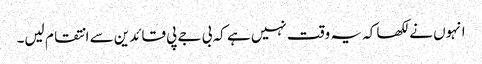
انہوں نے لکھا کہ یہ وقت نہیں ہے کہ بی جے پی قائدین سے انتقام لیں۔